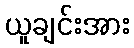
ယူချင်းအား